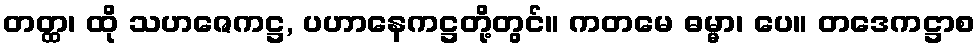
တတ္ထ၊ ထို သဟဇေကဋ္ဌ, ပဟာနေကဋ္ဌတို့တွင်။ ကတမေ ဓမ္မာ၊ ပေ။ တဒေကဋ္ဌာစ